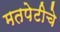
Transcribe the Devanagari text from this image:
मतपेटीचे